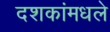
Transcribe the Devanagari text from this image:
दशकांमधले